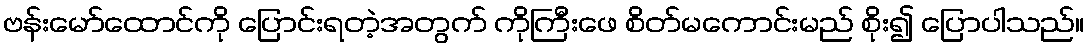
ဗန်းမော်ထောင်ကို ပြောင်းရတဲ့အတွက် ကိုကြီးဖေ စိတ်မကောင်းမည် စိုး၍ ပြောပါသည်။